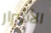
الأشرار